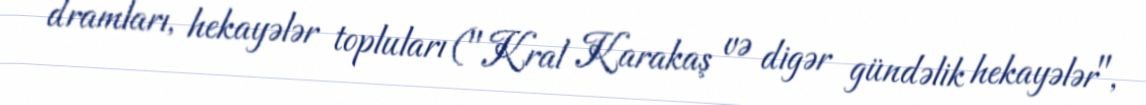
dramları, hekayələr topluları ("Kral Karakaş və digər gündəlik hekayələr",